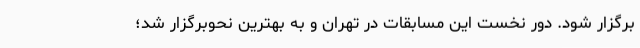
برگزار شود. دور نخست این مسابقات در تهران و به بهترین نحوبرگزار شد؛